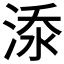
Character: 𣷹